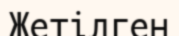
Жетілген